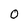
Character: O